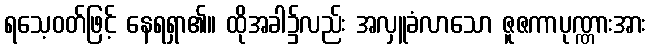
ရသေ့ဝတ်ဖြင့် နေရရှာ၏။ ထိုအခါ၌လည်း အလှူခံလာသော ဇူဇကာပုဏ္ဏားအား